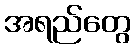
အရည်တွေ